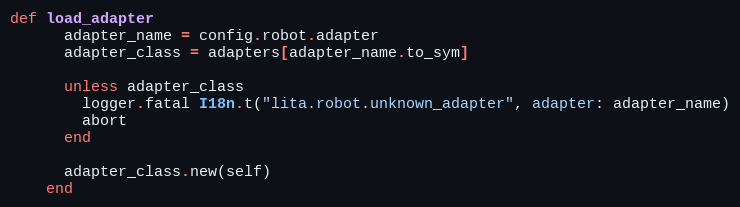
Language: Ruby
def load_adapter
      adapter_name = config.robot.adapter
      adapter_class = adapters[adapter_name.to_sym]

      unless adapter_class
        logger.fatal I18n.t("lita.robot.unknown_adapter", adapter: adapter_name)
        abort
      end

      adapter_class.new(self)
    end